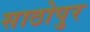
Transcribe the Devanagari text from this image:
साठोपुर